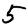
Digit: 5